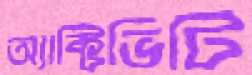
অ্যাক্টিভিটি